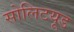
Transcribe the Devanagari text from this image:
सोलिटयूड